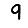
Digit: 9